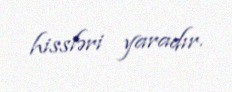
hissləri yaradır.